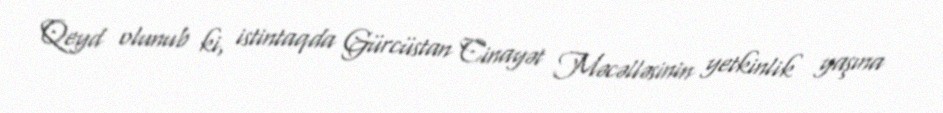
Qeyd olunub ki, istintaqda Gürcüstan Cinayət Məcəlləsinin yetkinlik yaşına